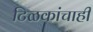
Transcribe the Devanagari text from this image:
टिळकांचाही